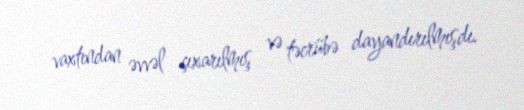
vaxtından əvvəl çıxarılmış və təcrübə dayandırılmışdı.